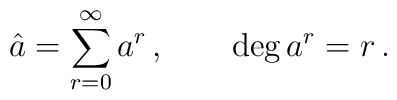
\hat a=\sum_{r=0}^\infty a^r\,,\qquad \deg{a^r}=r\,.